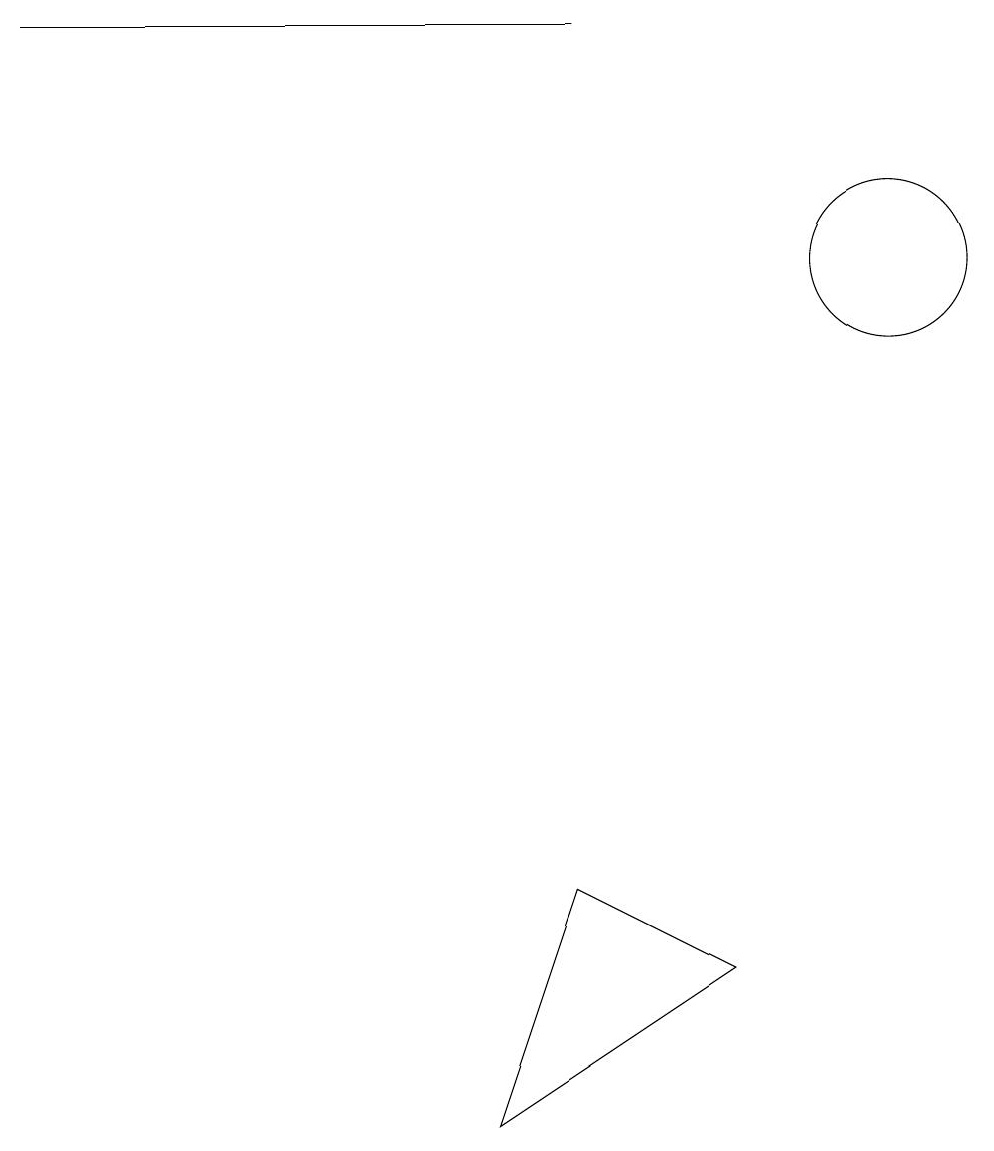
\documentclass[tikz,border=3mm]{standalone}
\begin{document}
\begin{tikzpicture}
\draw (0,15) rectangle (7,15);
\draw (11,12) circle (1);
\draw (6,1) -- (9,3) -- (7,4) -- cycle;
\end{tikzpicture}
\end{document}